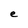
Character: e